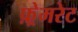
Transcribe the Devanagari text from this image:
फ़्रेमरेट